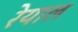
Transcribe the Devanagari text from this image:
रेयाल